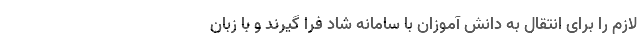
لازم را برای انتقال به دانش آموزان با سامانه شاد فرا گیرند و با زبان